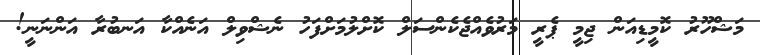
މަޝްހޫރު ކޮމީޑިއަން ޖިމީ ޕެރީ މަރުވެއްޖެކެންސަލް ކޮށްލުމަށްފަހު ނެޝްވިލް އަނެއްކާ އަނބުރާ އަންނަނީ!